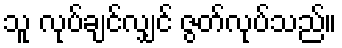
သူ လုပ်ချင်လျှင် ဇွတ်လုပ်သည်။